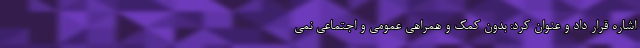
اشاره قرار داد و عنوان کرد: بدون کمک و همراهی عمومی و اجتماعی نمی